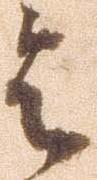
令